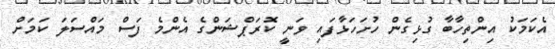
އެކަމަކު އިންތިހާބާ ގުޅިގެން ހުށަހަޅާފައި ވަނީ ކޮރަޕްޝަންގެ އެންމެ ފަސް މައްސަލަ ކަމަށް